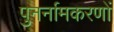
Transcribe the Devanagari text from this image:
पुनर्नामकरणों